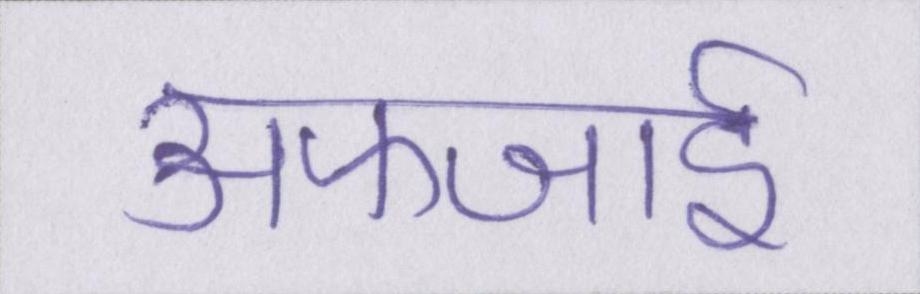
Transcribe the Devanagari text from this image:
अफजाई